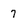
Character: 7